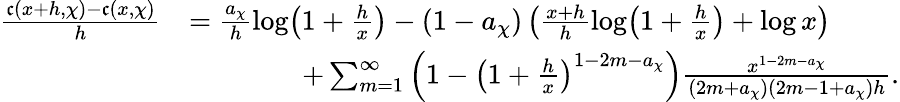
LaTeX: \begin{array}{rl}{\frac{\mathfrak{c}(x+h,\chi)-\mathfrak{c}(x,\chi)}{h}}&{=\frac{a_{\chi}}{h}\log\! \left(1+\frac{h}{x}\right)-(1-a_{\chi})\left(\frac{x+h}{h}\log\! \left(1+\frac{h}{x}\right)+\log{x}\right)}\\ &{\qquad\qquad+\sum_{m=1}^{\infty}\left(1-\left(1+\frac{h}{x}\right)^{1-2m-a_{\chi}}\right)\frac{x^{1-2m-a_{\chi}}}{(2m+a_{\chi})(2m-1+a_{\chi})h}.}\end{array}